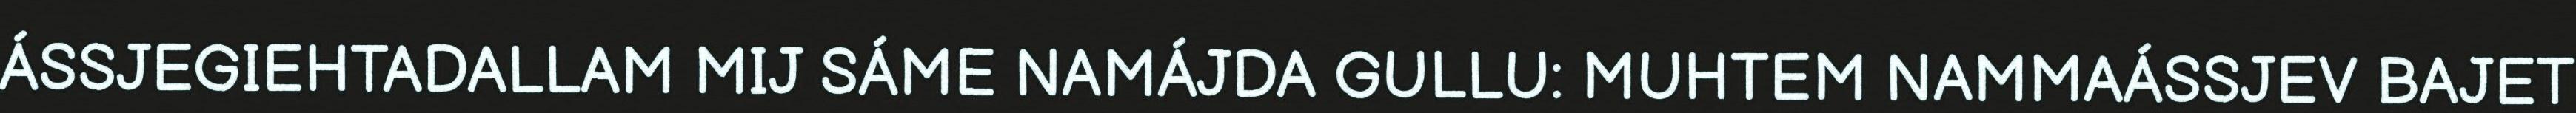
ÁSSJEGIEHTADALLAM MIJ SÁME NAMÁJDA GULLU: MUHTEM NAMMAÁSSJEV BAJET